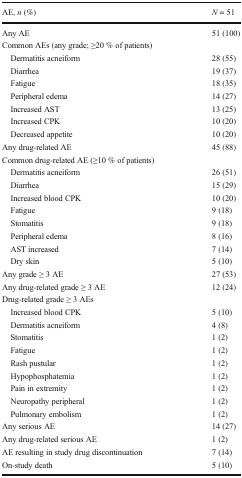
<table><thead><tr><td><b>AE, <i>n</i> (%)</b></td><td><b><i>N</i> = 51</b></td></tr></thead><tbody><tr><td>Any AE</td><td>51 (100)</td></tr><tr><td colspan="2">Common AEs (any grade; ≥20 % of patients)</td></tr><tr><td> Dermatitis acneiform</td><td>28 (55)</td></tr><tr><td> Diarrhea</td><td>19 (37)</td></tr><tr><td> Fatigue</td><td>18 (35)</td></tr><tr><td> Peripheral edema</td><td>14 (27)</td></tr><tr><td> Increased AST</td><td>13 (25)</td></tr><tr><td> Increased CPK</td><td>10 (20)</td></tr><tr><td> Decreased appetite</td><td>10 (20)</td></tr><tr><td>Any drug-related AE</td><td>45 (88)</td></tr><tr><td colspan="2">Common drug-related AE (≥10 % of patients)</td></tr><tr><td> Dermatitis acneiform</td><td>26 (51)</td></tr><tr><td> Diarrhea</td><td>15 (29)</td></tr><tr><td> Increased blood CPK</td><td>10 (20)</td></tr><tr><td> Fatigue</td><td>9 (18)</td></tr><tr><td> Stomatitis</td><td>9 (18)</td></tr><tr><td> Peripheral edema</td><td>8 (16)</td></tr><tr><td> AST increased</td><td>7 (14)</td></tr><tr><td> Dry skin</td><td>5 (10)</td></tr><tr><td>Any grade ≥ 3 AE</td><td>27 (53)</td></tr><tr><td>Any drug-related grade ≥ 3 AE</td><td>12 (24)</td></tr><tr><td colspan="2">Drug-related grade ≥ 3 AEs</td></tr><tr><td> Increased blood CPK</td><td>5 (10)</td></tr><tr><td> Dermatitis acneiform</td><td>4 (8)</td></tr><tr><td> Stomatitis</td><td>1 (2)</td></tr><tr><td> Fatigue</td><td>1 (2)</td></tr><tr><td> Rash pustular</td><td>1 (2)</td></tr><tr><td> Hypophosphatemia</td><td>1 (2)</td></tr><tr><td> Pain in extremity</td><td>1 (2)</td></tr><tr><td> Neuropathy peripheral</td><td>1 (2)</td></tr><tr><td> Pulmonary embolism</td><td>1 (2)</td></tr><tr><td>Any serious AE</td><td>14 (27)</td></tr><tr><td>Any drug-related serious AE</td><td>1 (2)</td></tr><tr><td>AE resulting in study drug discontinuation</td><td>7 (14)</td></tr><tr><td>On-study death</td><td>5 (10)</td></tr></tbody></table>